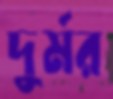
দুর্মর